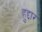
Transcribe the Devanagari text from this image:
हुद्दार